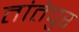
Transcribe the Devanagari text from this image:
तांतेपुर